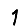
Digit: 1